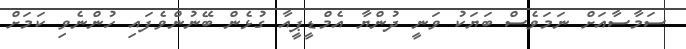
ސަމާސާއަށް ނަމަވެސް ބަޔަކު ވަނީ ދުންޔާ އެމްޑީޕީއާ ގުޅެން ބޭނުންވެފައި ހުންނެވި ކަމަށް